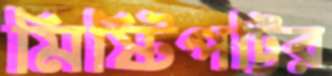
মিষ্টিপট্টির